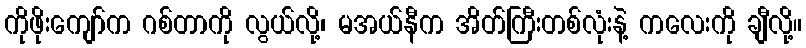
ကိုဖိုးကျော်က ဂစ်တာကို လွယ်လို့၊ မအယ်နီက အိတ်ကြီးတစ်လုံးနဲ့ ကလေးကို ချီလို့။